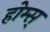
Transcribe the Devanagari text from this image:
होम्स्